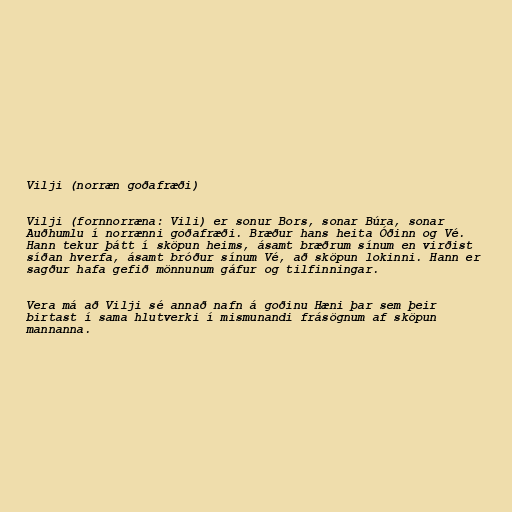
Vilji (norræn goðafræði)

Vilji (fornnorræna: Vili) er sonur Bors, sonar Búra, sonar
Auðhumlu í norrænni goðafræði. Bræður hans heita Óðinn og Vé.
Hann tekur þátt í sköpun heims, ásamt bræðrum sínum en virðist
síðan hverfa, ásamt bróður sínum Vé, að sköpun lokinni. Hann er
sagður hafa gefið mönnunum gáfur og tilfinningar.

Vera má að Vilji sé annað nafn á goðinu Hæni þar sem þeir
birtast í sama hlutverki í mismunandi frásögnum af sköpun
mannanna.